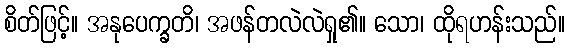
စိတ်ဖြင့်။ အနုပေက္ခတိ၊ အဖန်တလဲလဲရှု၏။ သော၊ ထိုရဟန်းသည်။